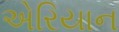
એરિયાન